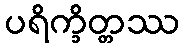
ပရိက္ခိတ္တဿ